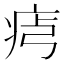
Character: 𤵶